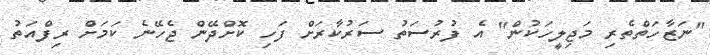
"ނަޒާހަތްތެރި މަޖިލީހަކުން" އެ ފުރުސަތު ސަރުކާރަށް ފަހި ކޮށްދޭން ޖެހޭނެ ކަމަށް ރިފްއަތު